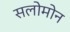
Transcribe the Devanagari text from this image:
सलोमोन